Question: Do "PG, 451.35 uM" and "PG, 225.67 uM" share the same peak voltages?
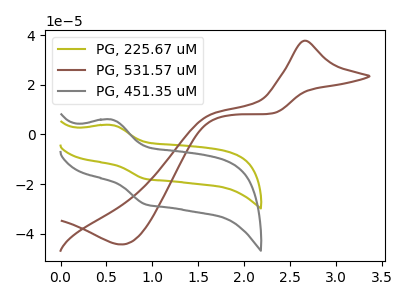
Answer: <think>The olive curve "PG, 225.67 uM" has an anodic peak at (0.55V, 3.85uA) and a cathodic peak at (0.90V, -17.80uA). The brown curve "PG, 531.57 uM" has an anodic peak at (2.65V, 37.70uA) and a cathodic peak at (0.65V, -44.25uA). The gray curve "PG, 451.35 uM" has an anodic peak at (0.55V, 6.05uA) and a cathodic peak at (0.90V, -28.00uA).</think>
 <answer>Yes, "PG, 451.35 uM" have a peak in "PG, 225.67 uM" at the same potential.</answer>
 <eval>match</eval>